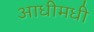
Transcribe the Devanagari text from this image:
आधीमधी